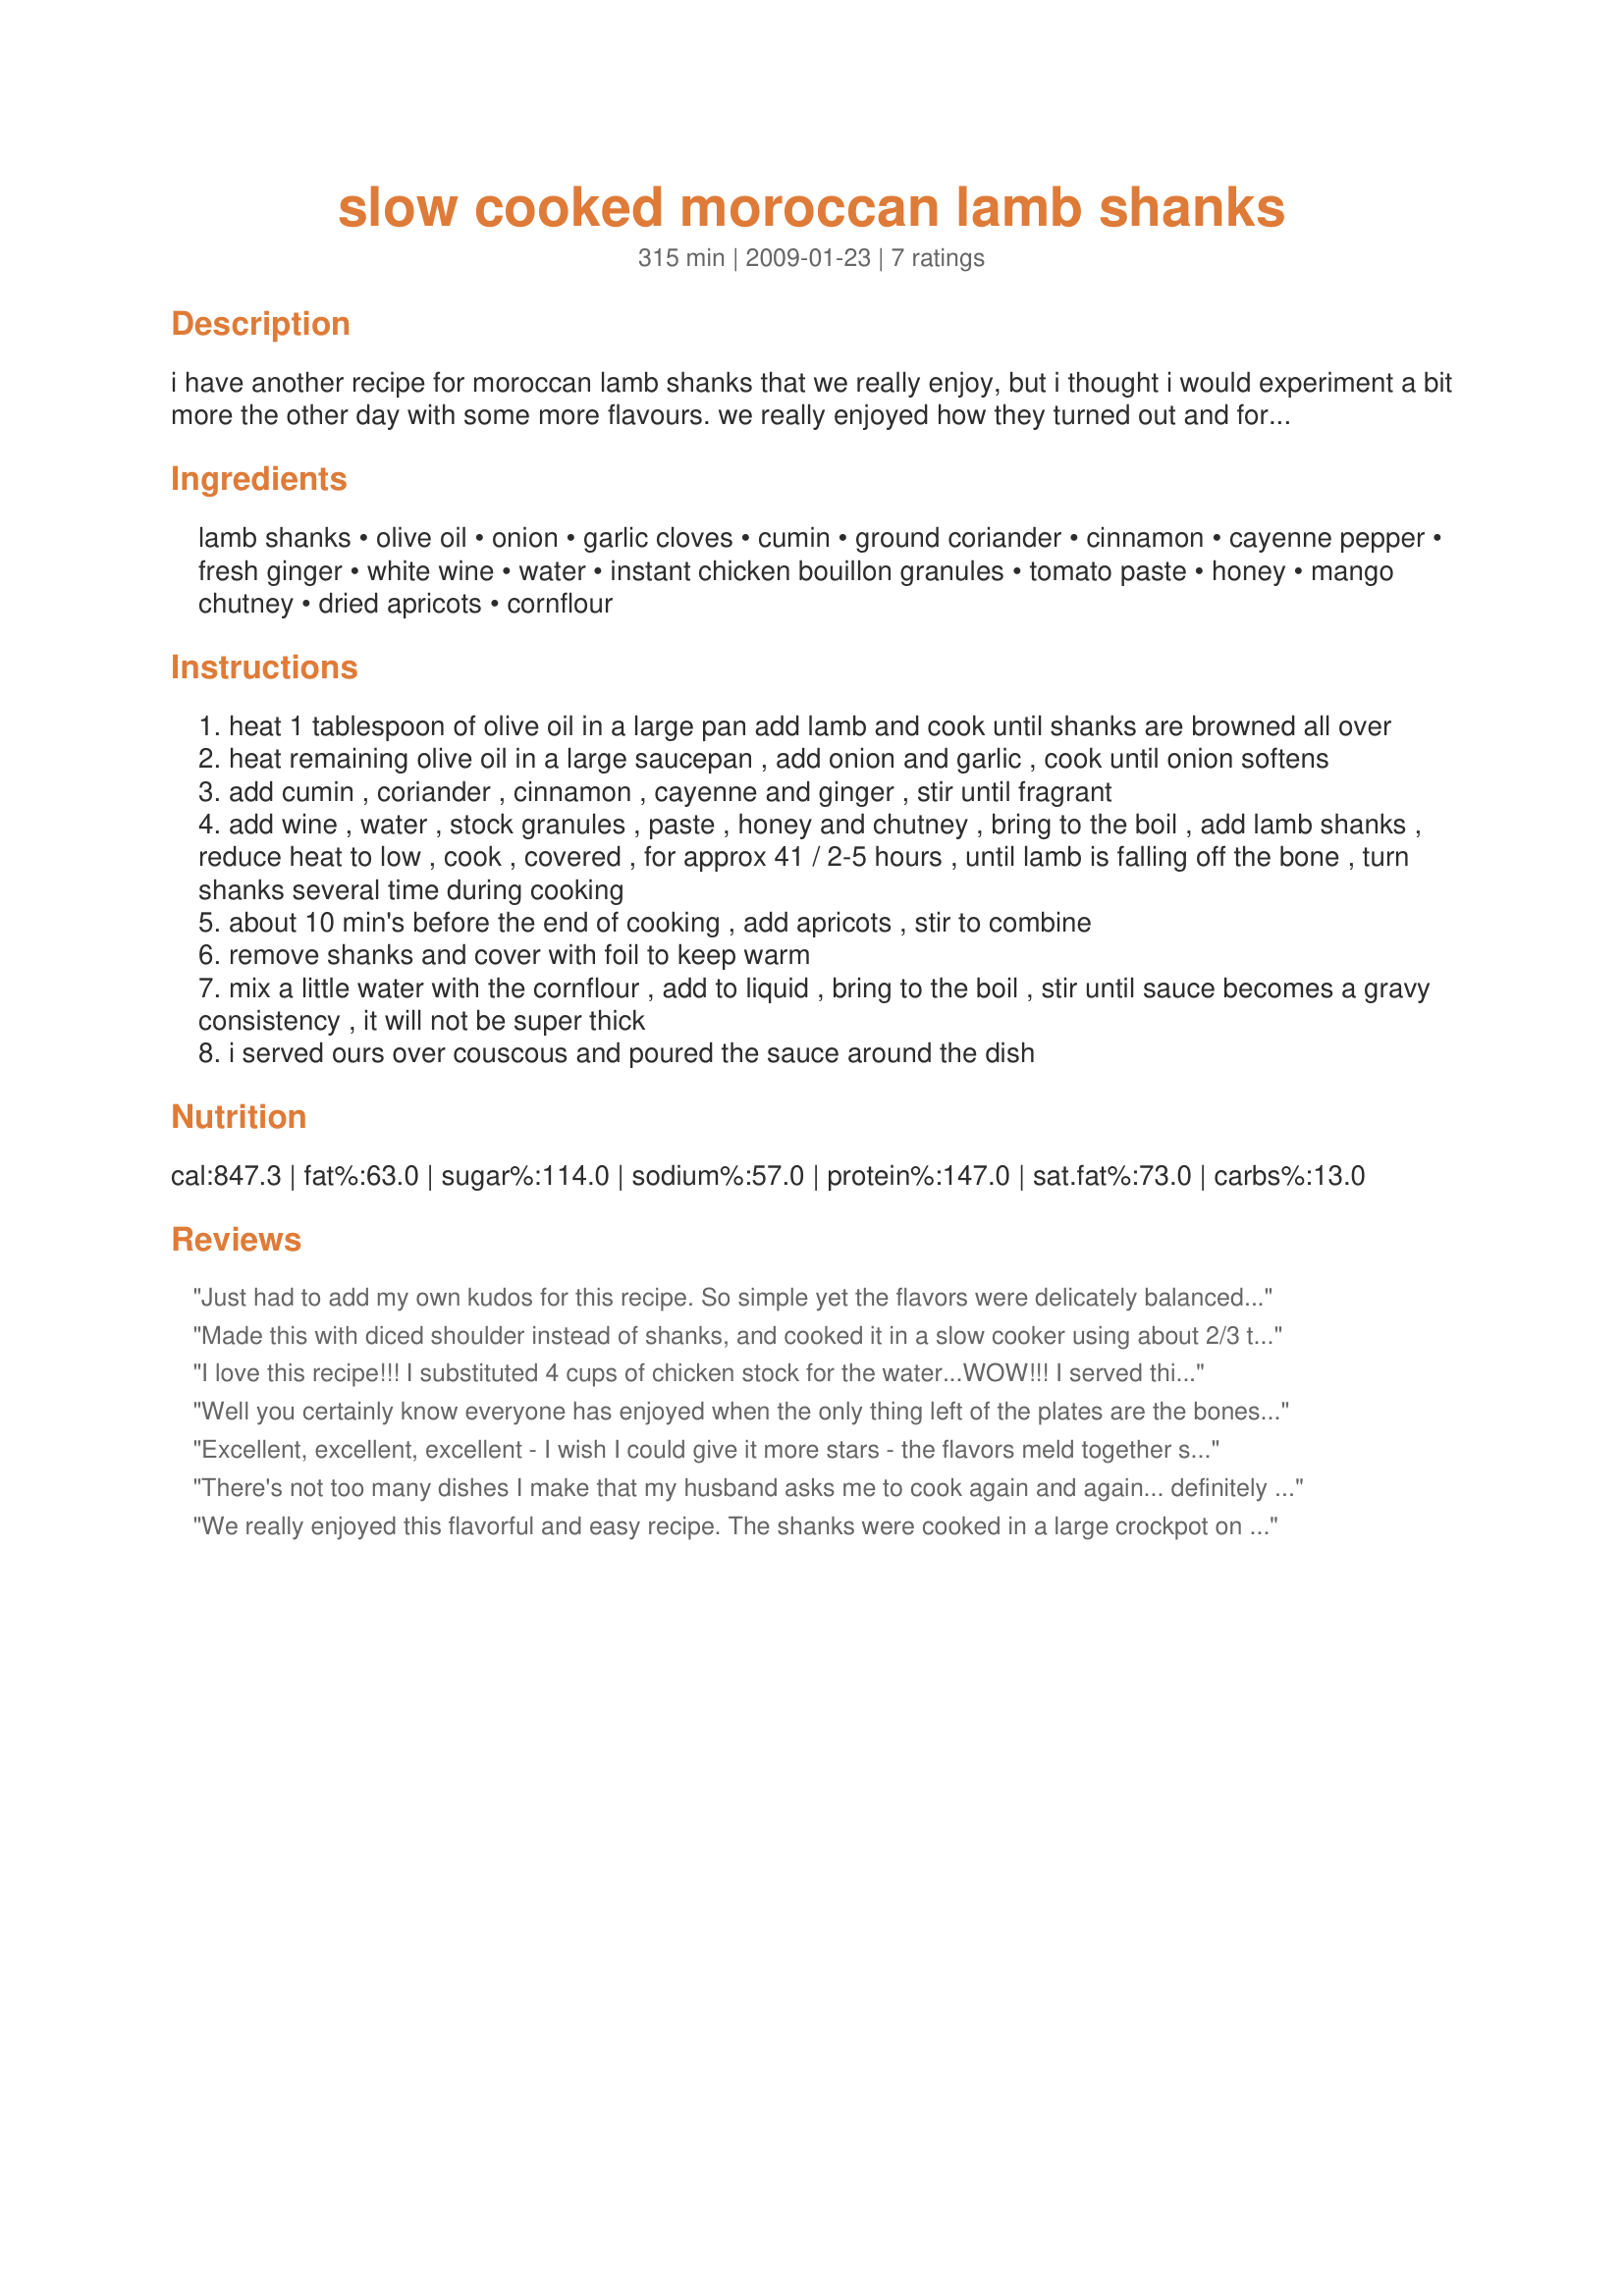
slow cooked moroccan lamb shanks
Preparation time: 315 minutes

i have another recipe for moroccan lamb shanks that we really enjoy, but i thought i would experiment a bit more the other day with some more flavours. we really enjoyed how they turned out and for us the flavour had just the right amount of spice. i cooked ours on the stove top on a really low heat for about 4 1/2-5 hours and the lamb came out falling off the bone as lamb shanks should. i am not sure how long these would need in a slow cooker as i do not own one, so if anyone does them that way please let me know.

Ingredients:
lamb shanks, olive oil, onion, garlic cloves, cumin, ground coriander, cinnamon, cayenne pepper, fresh ginger, white wine, water, instant chicken bouillon granules, tomato paste, honey, mango chutney, dried apricots, cornflour

Steps:
heat 1 tablespoon of olive oil in a large pan add lamb and cook until shanks are browned all over
heat remaining olive oil in a large saucepan , add onion and garlic , cook until onion softens
add cumin , coriander , cinnamon , cayenne and ginger , stir until fragrant
add wine , water , stock granules , paste , honey and chutney , bring to the boil , add lamb shanks , reduce heat to low , cook , covered , for approx 41 / 2-5 hours , until lamb is falling off the bone , turn shanks several time during cooking
about 10 min's before the end of cooking , add apricots , stir to combine
remove shanks and cover with foil to keep warm
mix a little water with the cornflour , add to liquid , bring to the boil , stir until sauce becomes a gravy consistency , it will not be super thick
i served ours over couscous and poured the sauce around the dish

Reviews:
Just had to add my own kudos for this recipe. So simple yet the flavors were delicately balanced and the aroma was heavenly. Destined to become a favorite at my house.
Made this with diced shoulder instead of shanks, and cooked it in a slow cooker using about 2/3 the recommended amount of water and omitting the wine (didn't have any). 10 hrs on low really did the trick, lamb was tender and fragrant. Served it with the chick pea (garbanzo bean) and raisin couscous suggested by PaulaG, they do go together really well. Thank you very much for sharing this! I'll definitely be making this again.
I love this recipe!!! I substituted 4 cups of chicken stock for the water...WOW!!! I served this to 11 guests for Passover the other night and got rave reviews. Thank you for sharing such a delicious recipe!!!
Well you certainly know everyone has enjoyed when the only thing left of the plates are the bones. I served this with WiGal recipe recipe #281010. I cooked this in my Morphy Richards digital slow cooker (only done a couple of recipes so far) and set it for 5 hours by 4 the meat was already pulling away from the bone - my 4 lamb shanks were in a single layer and weighed between 242 grams and 368 and served 3 of us well. I scooped half the liquid out and transferred to a pot to cook the gravy, added the watered cornflour and the apricots and heated through till thickened - delicious gravy even the DM gobbled up who normally spurns gravy of any sort. I also cut the water back to 3 cups but left all other ingredients the same (the liquid just covered the shanks). Thank you The Flying Chef for a fantastic recipe, made for Edition 7 - Make My Recipe.
Excellent, excellent, excellent - I wish I could give it more stars - the flavors meld together so wonderfully - a bit of bite, a bit of sweet melds so well with the lamb. I didn't have any shanks on hand, but I did have a boneless leg of lamb that worked so well - after 5 hours of slow cooking it was tender enough to separate with a fork. I also substituted chicken stock for the water. Served over jasmine rice as DH doesn't like cousous at all, rice only a bit better but I felt this needed to be served with one or the other. Can't wait to get some shanks and prepare this again. Thank you so much for posting my new go to lamb recipe Flying Chef :)
There's not too many dishes I make that my husband asks me to cook again and again... definitely found one with this recipe!! I also cooked it for my dad who was blown away and asked for the recipe. Thanks for sharing such a keeper!
We really enjoyed this flavorful and easy recipe. The shanks were cooked in a large crockpot on high for about 4 hours then reduced to low for about another hour. The meat was pulling away from the bone nicely and very tender. I followed I'mPat and reduced the water to 3 cups. There was plenty of broth to reduce for the gravy. The broth was skimmed of fat and then the chopped apricots were added. This was served with recipe #221403 and the flavors were most complimentary. Made for *Aussie Swap 25*
